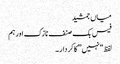
میاں جمشید
فیس بک صنف نازک اور ہم
لفظ “نہیں” کا کردار ۔